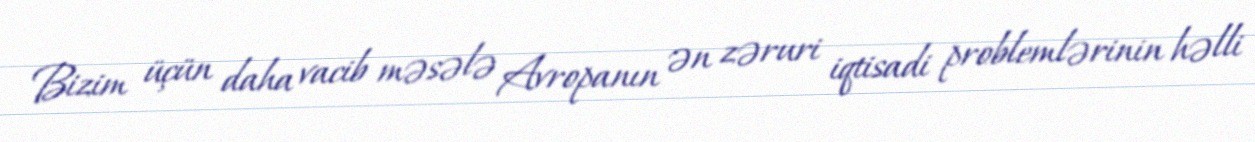
Bizim üçün daha vacib məsələ Avropanın ən zəruri iqtisadi problemlərinin həlli